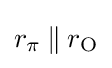
r_{\pi }\mathbin {\|} r_{\mathrm {O} }